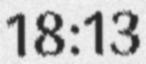
18:13